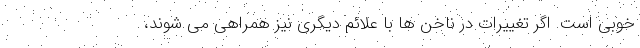
خوبی است. اگر تغییرات در ناخن ها با علائم دیگری نیز همراهی می شوند،